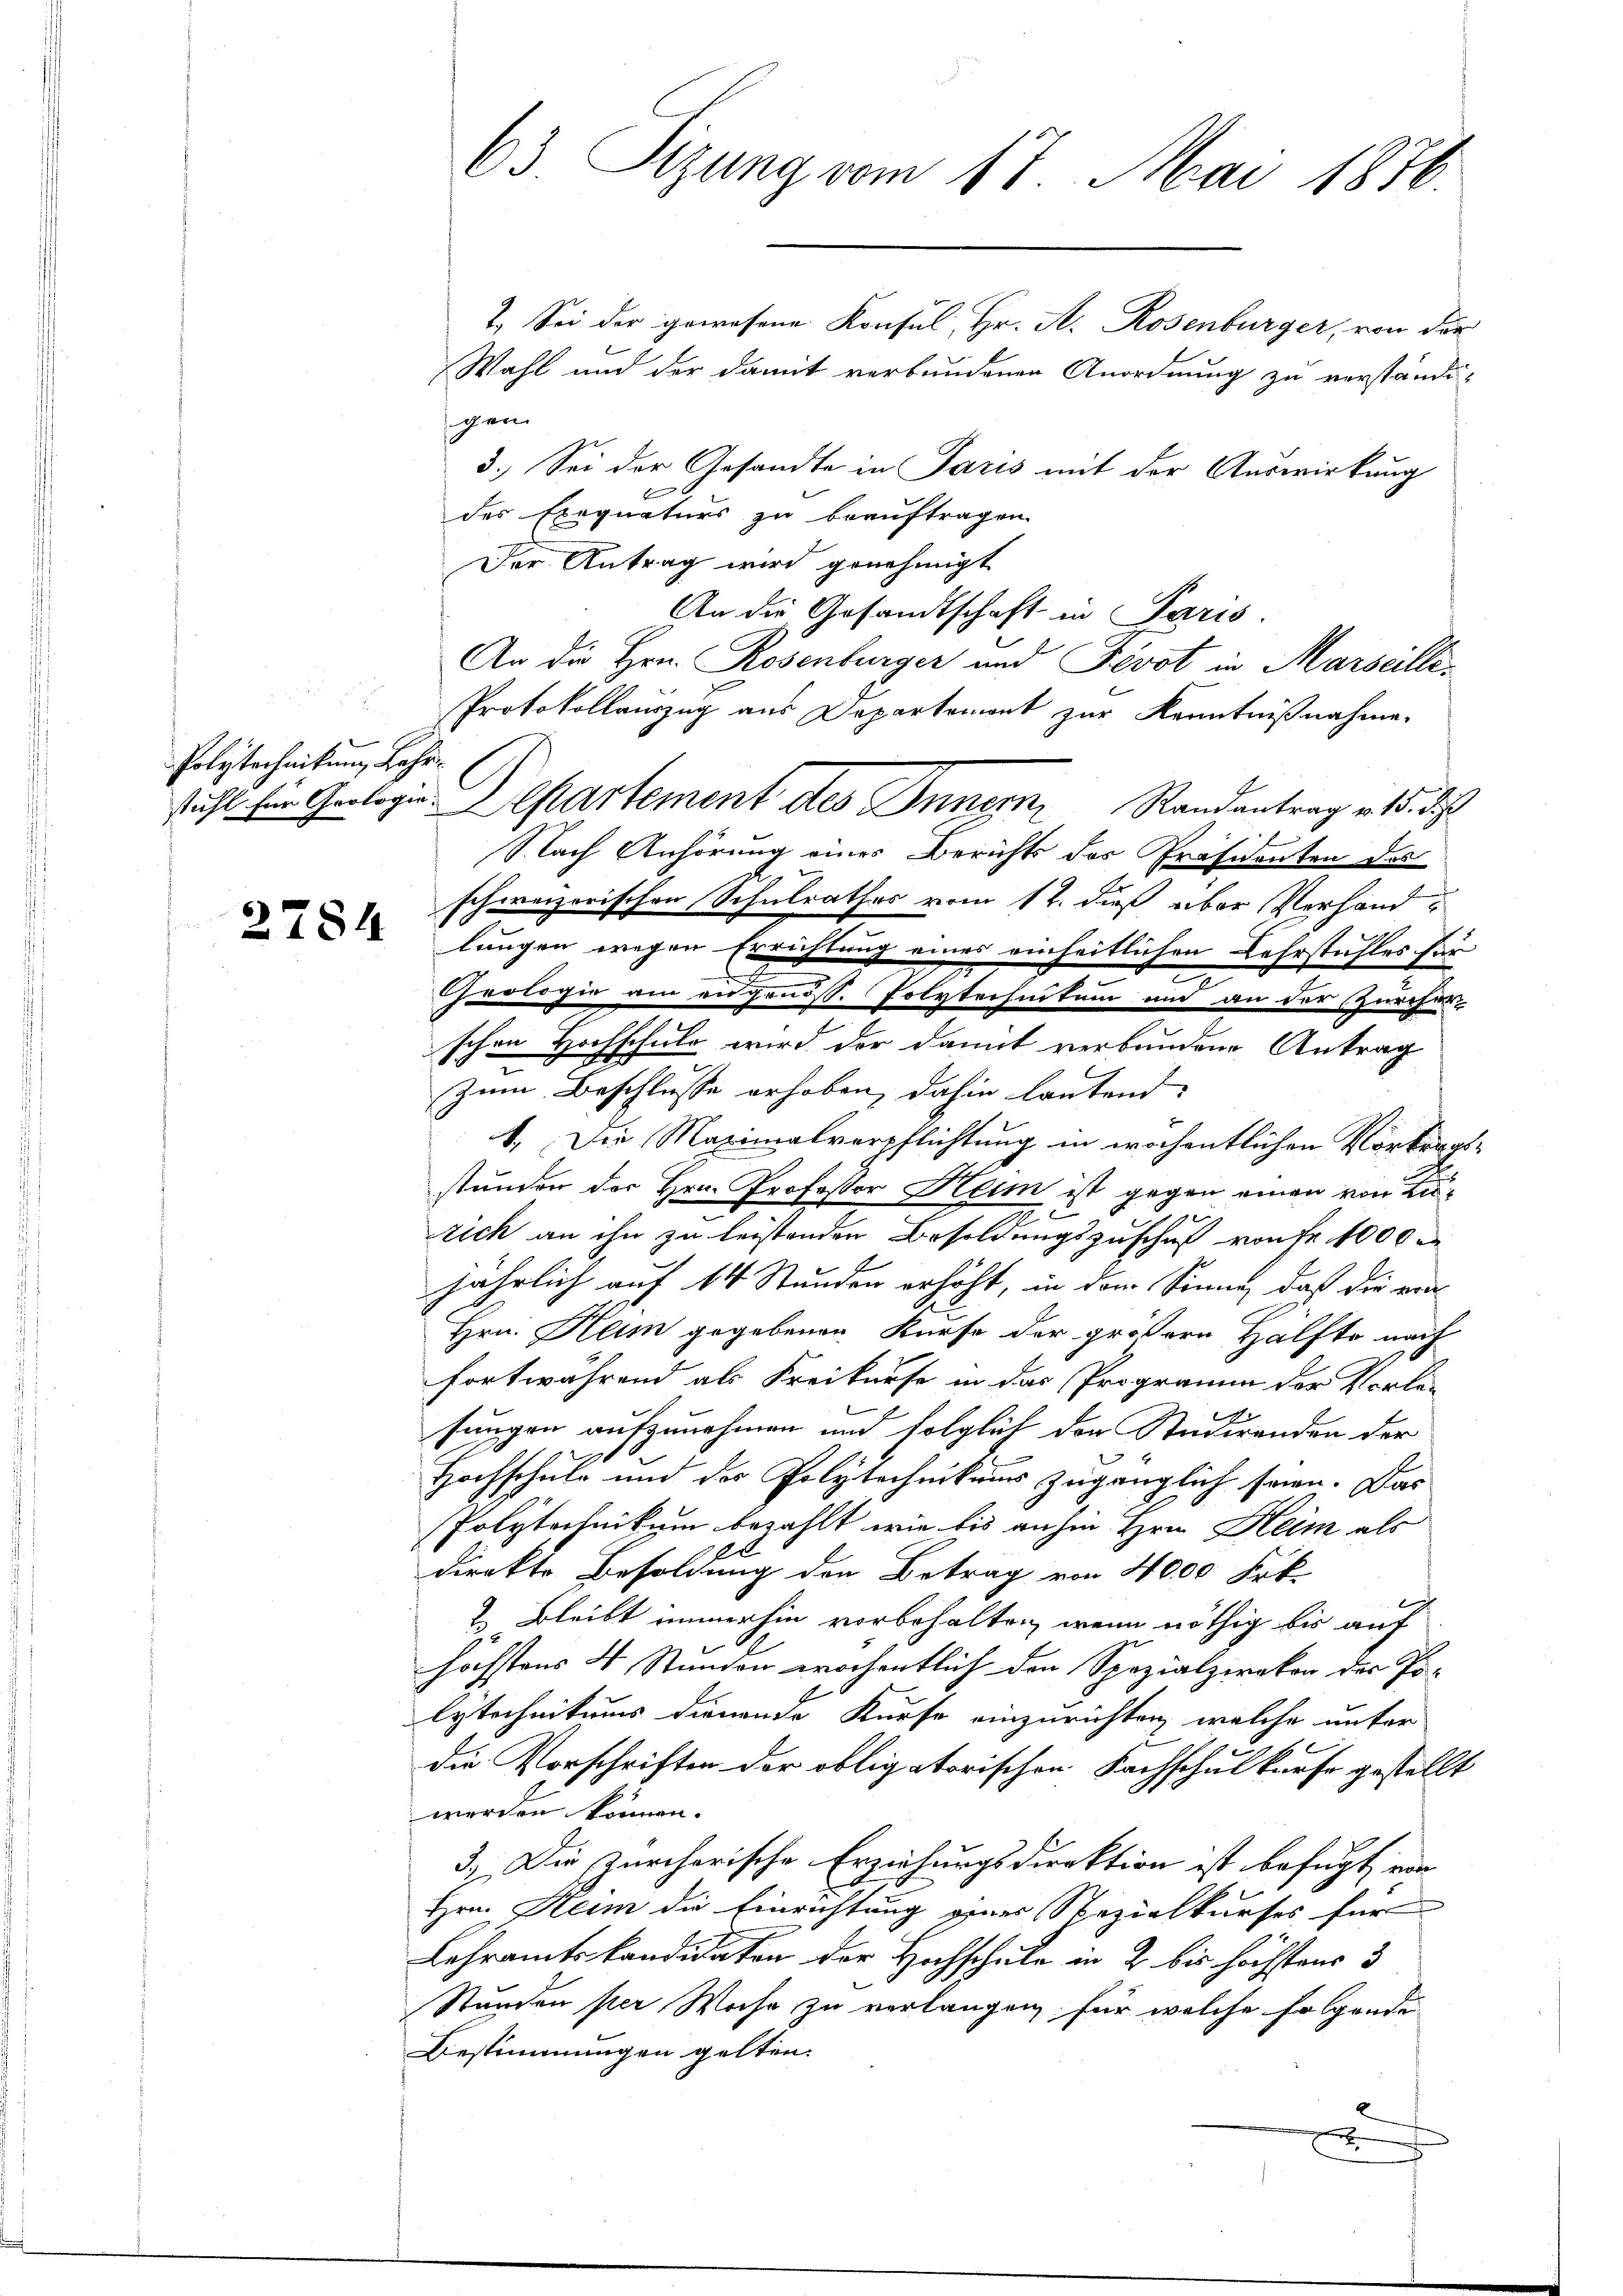
.
Polytechnikum Lehr¬

2784

63. Sizung vom 17. Mai 1876.

stuhl für Geologie Departement des Innern Randantrag v. 15. des

2. Sei der gewesene Konsul, Hr. A. Rosenburger, von der
Wahl und der damit verbundenen Anordnung zu verständigen
3.) Sei der Gesandte in Paris mit der Auswirkung
f
des Exequaturs zu beauftragen.
Der Antrag wird genehmigt
An die Gesandtschaft in Paris.
An die Hrn. Rosenburger und Fevot in Marseilli¬
Protokollauszug aus Departemont zur Kenntnißnahme.
Nach Anhörung eines Berichts des Präsidenten des
schweizerischen Schulrathes vom 12. dieß über Verhandschen Hochschuld wird der damit verbundene Antrag
zum Beschlusse erhoben, dahin lautend:
1. Die Maximalverpflichtung in wöchentlichen Vortragsstunden der Hrn. Professor Heim ist gegen einen von Lu¬
2
rich an ihn zu leistenden Besoldungszuschuß von fr. 1000
jährlich auf 14 Stunden erhöht, in dem Sinne, daß die ein
Hrn. Ham gegebenen Kurse der größere Hälfte nach
fortwährend als Freikarse in das Programm der Vorle-
sungen aufzunehmen und folglich der Studirenden der
Hochschule und des Polytechnikums zugänglich seien. Das
Polytechnikum bezahlt, wie bis anhin Hrn. Heim als
direkte Besoldung den Betrag von 4000 Frk.
2 Bleibt immerhin vorbehalten, wenn nöthig bis auf
höchstens 4 Stunden wöchentlich den Spezialzirikon der Po-
lytechnitums dienende Kürfe einzurichten, welche unter
die Vorschriften der obligatorischen Fachschulkurse gestellt
werden können.
3.) Die zürcherische Erziehungsdirektion ist befugt, ein
Hrn. Heim die Einrichtung einer Spezialkurses für
Lehramtskandidaten der Hochschule in 2 bis höchstens 3
Stunden per Woche zu verlangen, für welche folgende
Bestimmungen gelten.

lungen wegen Errichtung eines einheitlichen Lehrstuhles für
Geologie am angenöss. Polytechnikum und an der Zürcher-